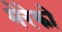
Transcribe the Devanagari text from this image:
मेरेको